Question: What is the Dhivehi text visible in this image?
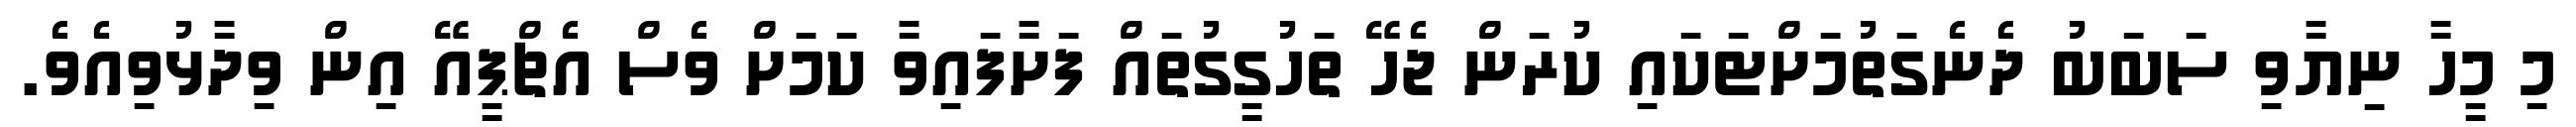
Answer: މި މީހާ ނިޔާވި ސަބަބު ދެނެގަތުމަށްޓަކައި ކުރަން ޖެހޭ ތަހުގީގުތައް ފަށާފައިވާ ކަމަށް ވެސް އެޗްޕީއޭ އިން ވިދާޅުވިއެވެ.